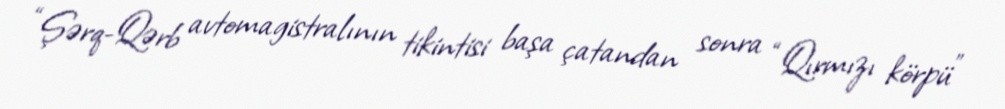
“Şərq-Qərb avtomagistralının tikintisi başa çatandan sonra “Qırmızı körpü”